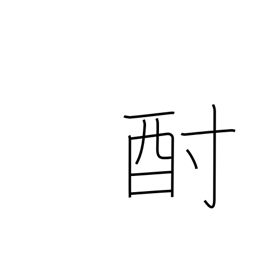
Meaning: sake